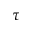
\tau